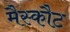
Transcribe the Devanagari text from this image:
मैस्कौट